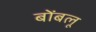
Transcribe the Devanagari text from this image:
बोंबलू